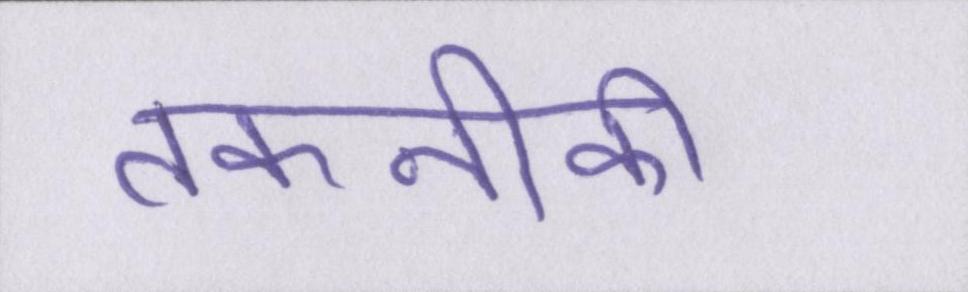
तकनीकी